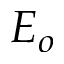
E _ { o }